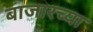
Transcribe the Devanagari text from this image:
बाजारच्या